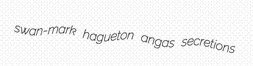
swan-mark hagueton angas secretions